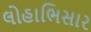
લોહાભિસાર